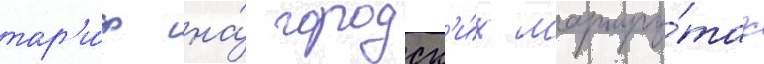
тар'и́ф на́ городск'и́х маршру́тах